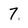
Character: 7